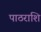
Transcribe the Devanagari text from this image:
पाठराशि